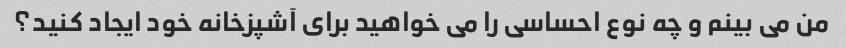
من می بینم و چه نوع احساسی را می خواهید برای آشپزخانه خود ایجاد کنید؟